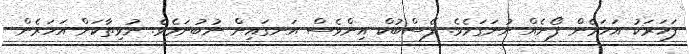
ފަހަރަކު އަހަރެން ފޯނެއް ނުނަގަމެވެ. ފޭސްބުކް އިންވެސް އަނގައިން ނުބުނަމެވެ. ނުވިތާކަށް އަހަރެން